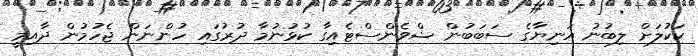
ކަކުލަށް ލިބުނު އަނިޔާގެ ސަބަބުން ޝްވެންސްޓެއިގާ ކުޅުނުމާ ދުރުގައި ހުންނަން ޖެހުމުން ދާއިމީ